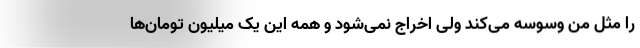
را مثل من وسوسه می‌کند ولی اخراج نمی‌شود و همه این یک میلیون تومان‌ها